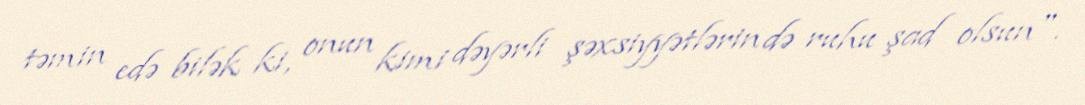
təmin edə bilək ki, onun kimi dəyərli şəxsiyyətlərin də ruhu şad olsun".